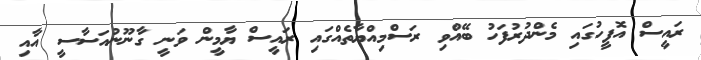
ރައީސް އޮފީހުގައި މެންދުރުފަހު ބޭއްވި ރަސްމިއްޔާތެއްގައި ރައީސް ޔާމީން ވަނީ ގާނޫނުއަސާސީ އާއި